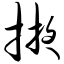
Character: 掖